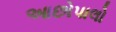
આછોપાલો